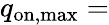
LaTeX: q_{\mathrm{on,max}}=